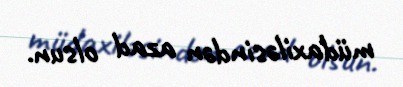
müdaxiləsindən azad olsun.